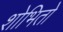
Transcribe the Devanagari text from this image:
शोभितो